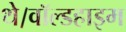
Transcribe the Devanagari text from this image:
थे।वॉल्डहाइम